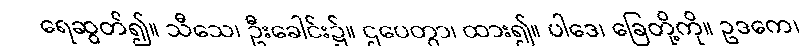
ရေဆွတ်၍။ သီသေ၊ ဦးခေါင်း၌။ ဌပေတွာ၊ ထား၍။ ပါဒေ၊ ခြေတို့ကို။ ဥဒကေ၊